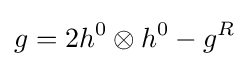
g=2h^{0}\otimes h^{0}-g^{R}